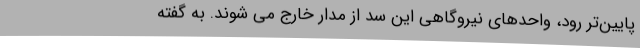
پایین‌تر رود، واحدهای نیروگاهی این سد از مدار خارج می شوند. به گفته